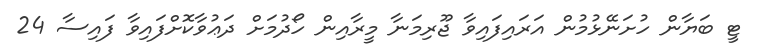
ޓީ ބަޔާން ހުށަނޭޅުމުން އަރައިފައިވާ ޖޫރިމަނާ މީރާއިން ހޯދުމަށް ދަޢުވާކޮށްފައިވާ ފައިސާ 24